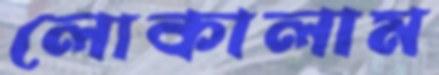
লোকালাম